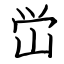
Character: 峃